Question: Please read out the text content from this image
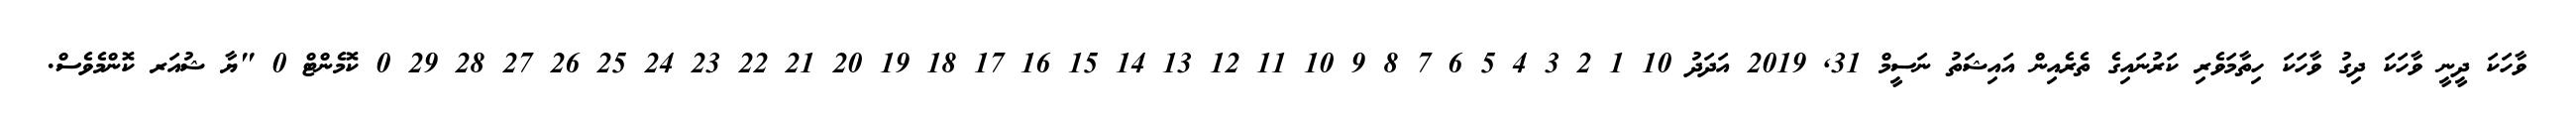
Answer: ވާހަކަ ދީނީ ވާހަކަ ދިގު ވާހަކަ ހިތާމަވެރި ކަރުނައިގެ ތެރެއިން އައިޝަތު ނަސީމް 31, 2019 އަދަދު 10 1 2 3 4 5 6 7 8 9 10 11 12 13 14 15 16 17 18 19 20 21 22 23 24 25 26 27 28 29 0 ކޮމެންޓް 0 "ޔާ ޝުއަރ ކޮންމެވެސް.